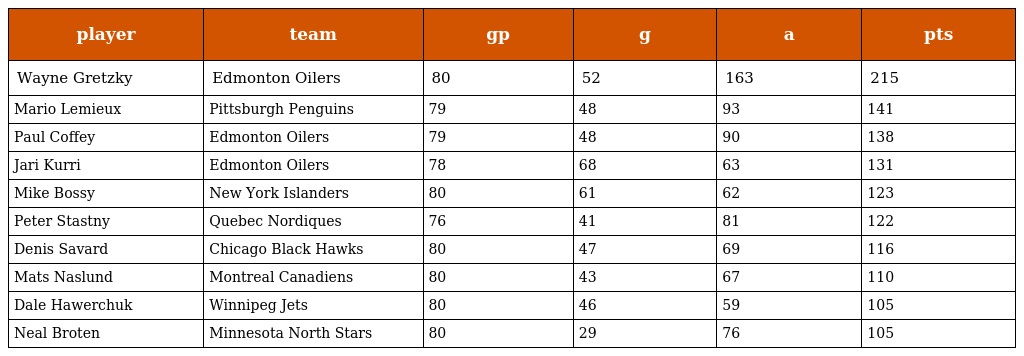
| player | team | gp | g | a | pts |
 | --- | --- | --- | --- | --- | --- |
 | Wayne Gretzky | Edmonton Oilers | 80 | 52 | 163 | 215 |
 | Mario Lemieux | Pittsburgh Penguins | 79 | 48 | 93 | 141 |
 | Paul Coffey | Edmonton Oilers | 79 | 48 | 90 | 138 |
 | Jari Kurri | Edmonton Oilers | 78 | 68 | 63 | 131 |
 | Mike Bossy | New York Islanders | 80 | 61 | 62 | 123 |
 | Peter Stastny | Quebec Nordiques | 76 | 41 | 81 | 122 |
 | Denis Savard | Chicago Black Hawks | 80 | 47 | 69 | 116 |
 | Mats Naslund | Montreal Canadiens | 80 | 43 | 67 | 110 |
 | Dale Hawerchuk | Winnipeg Jets | 80 | 46 | 59 | 105 |
 | Neal Broten | Minnesota North Stars | 80 | 29 | 76 | 105 |